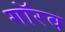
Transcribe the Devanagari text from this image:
गॉरव